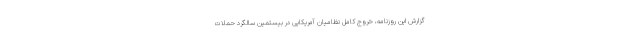
گزارش این روزنامه، خروج کامل نظامیان آمریکایی در بیستمین سالگرد حملات